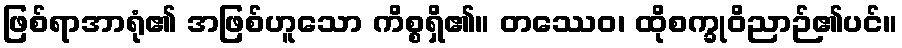
ဖြစ်ရာအာရုံ၏ အဖြစ်ဟူသော ကိစ္စရှိ၏။ တဿေဝ၊ ထိုစက္ခုဝိညာဉ်၏ပင်။